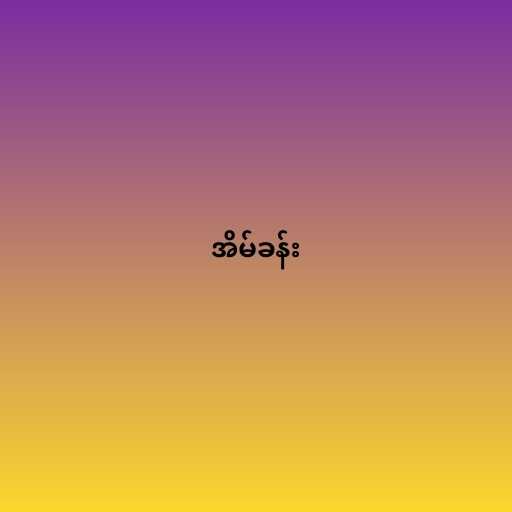
အိမ်ခန်း